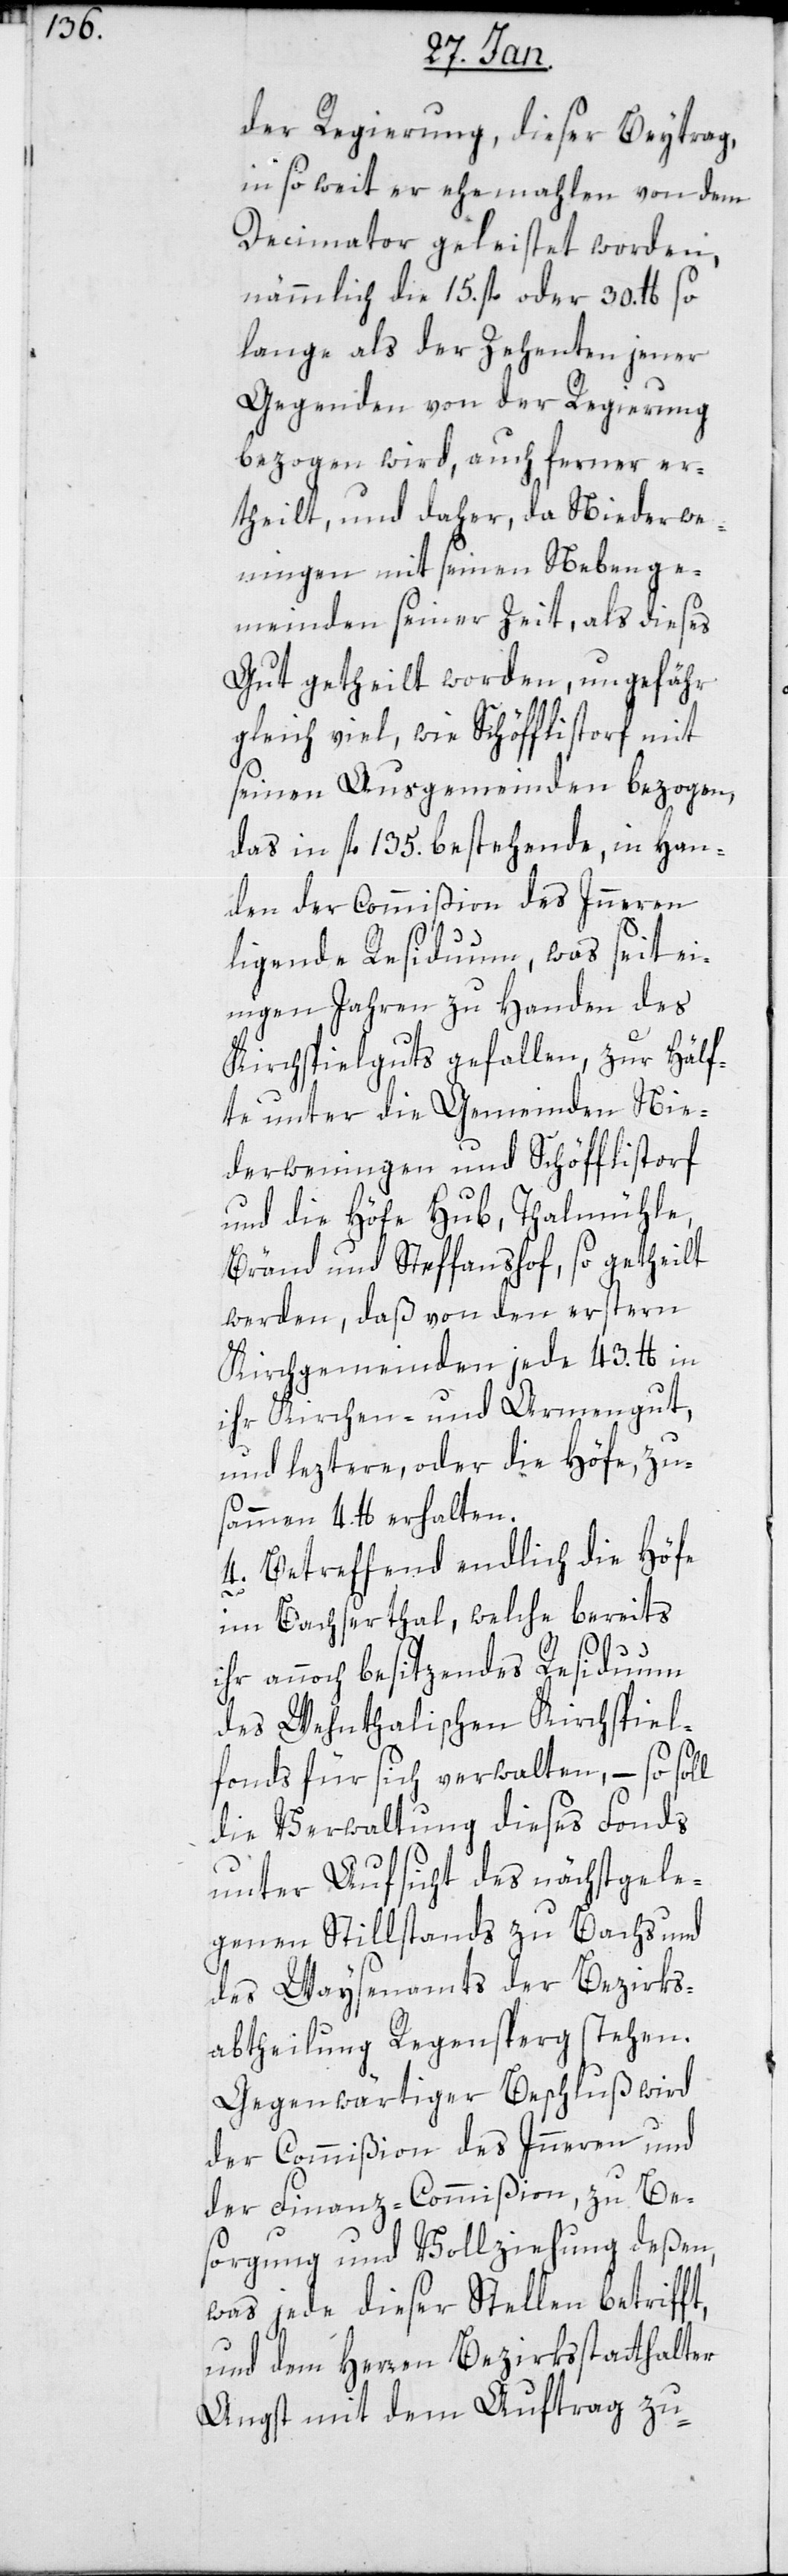
der Regierung, dieser Beytrag,
in so weit er ehemalen von dem
Decimator geleistet worden,
nämlich die 15. fl. oder 30. lb so
lange als der Zehenten jener
Gegenden von der Regierung
bezogen wird, auch ferner er¬
theilt, und daher, da Niederwe¬
ningen mit seinen Nebenge¬
meinden seiner Zeit, als dieses
Gut getheilt worden, ungefähr
gleich viel, wie Schöfflistorf mit
seinen Ausgemeinden bezogen,
das in fl. 135. bestehende, in Han¬
den der Commißion des Innern
liegende Residuum, was seit ei¬
nigen Jahren zu Handen des
Kirchspielguts gefallen, zur Hälf¬
te unter die Gemeinden Nie¬
derweningen und Schöfflistorf
und die Höfe Hub, Thalmühle,
Bränd und Steffanshof, so getheilt
werden, daß von den erstern
Kirchgemeinden jede 43. lb in
ihr Kirchen- und Armengut,
und letztere, oder die Höfe, zu¬
sammen 4. lb erhalten.
4. Betreffend endlich die Höfe
im Bachserthal, welche bereits
ihr annoch besitzendes Residuum
des Wehnthalischen Kirchspiel¬
fonds für sich verwalten, – so soll
die Verwaltung dieses Fonds
unter Aufsicht des nächstgele¬
genen Stillstands zu Bachs und
des Waysenamts der Bezirks¬
abtheilung Regensperg stehen.
Gegenwärtiger Beschluß wird
der Commißion des Innern und
der Finanz-Commißion, zu Be¬
sorgung und Vollziehung deßen,
was jede dieser Stellen betrifft,
und dem Herren Bezirksstatthalter
Angst mit dem Auftrag zu-